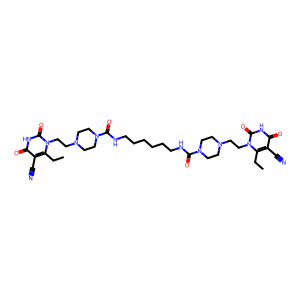
SMILES: CCc1c(C#N)c(=O)[nH]c(=O)n1CCN1CCN(C(=O)NCCCCCCNC(=O)N2CCN(CCn3c(CC)c(C#N)c(=O)[nH]c3=O)CC2)CC1
Inhibits HIV replication: No